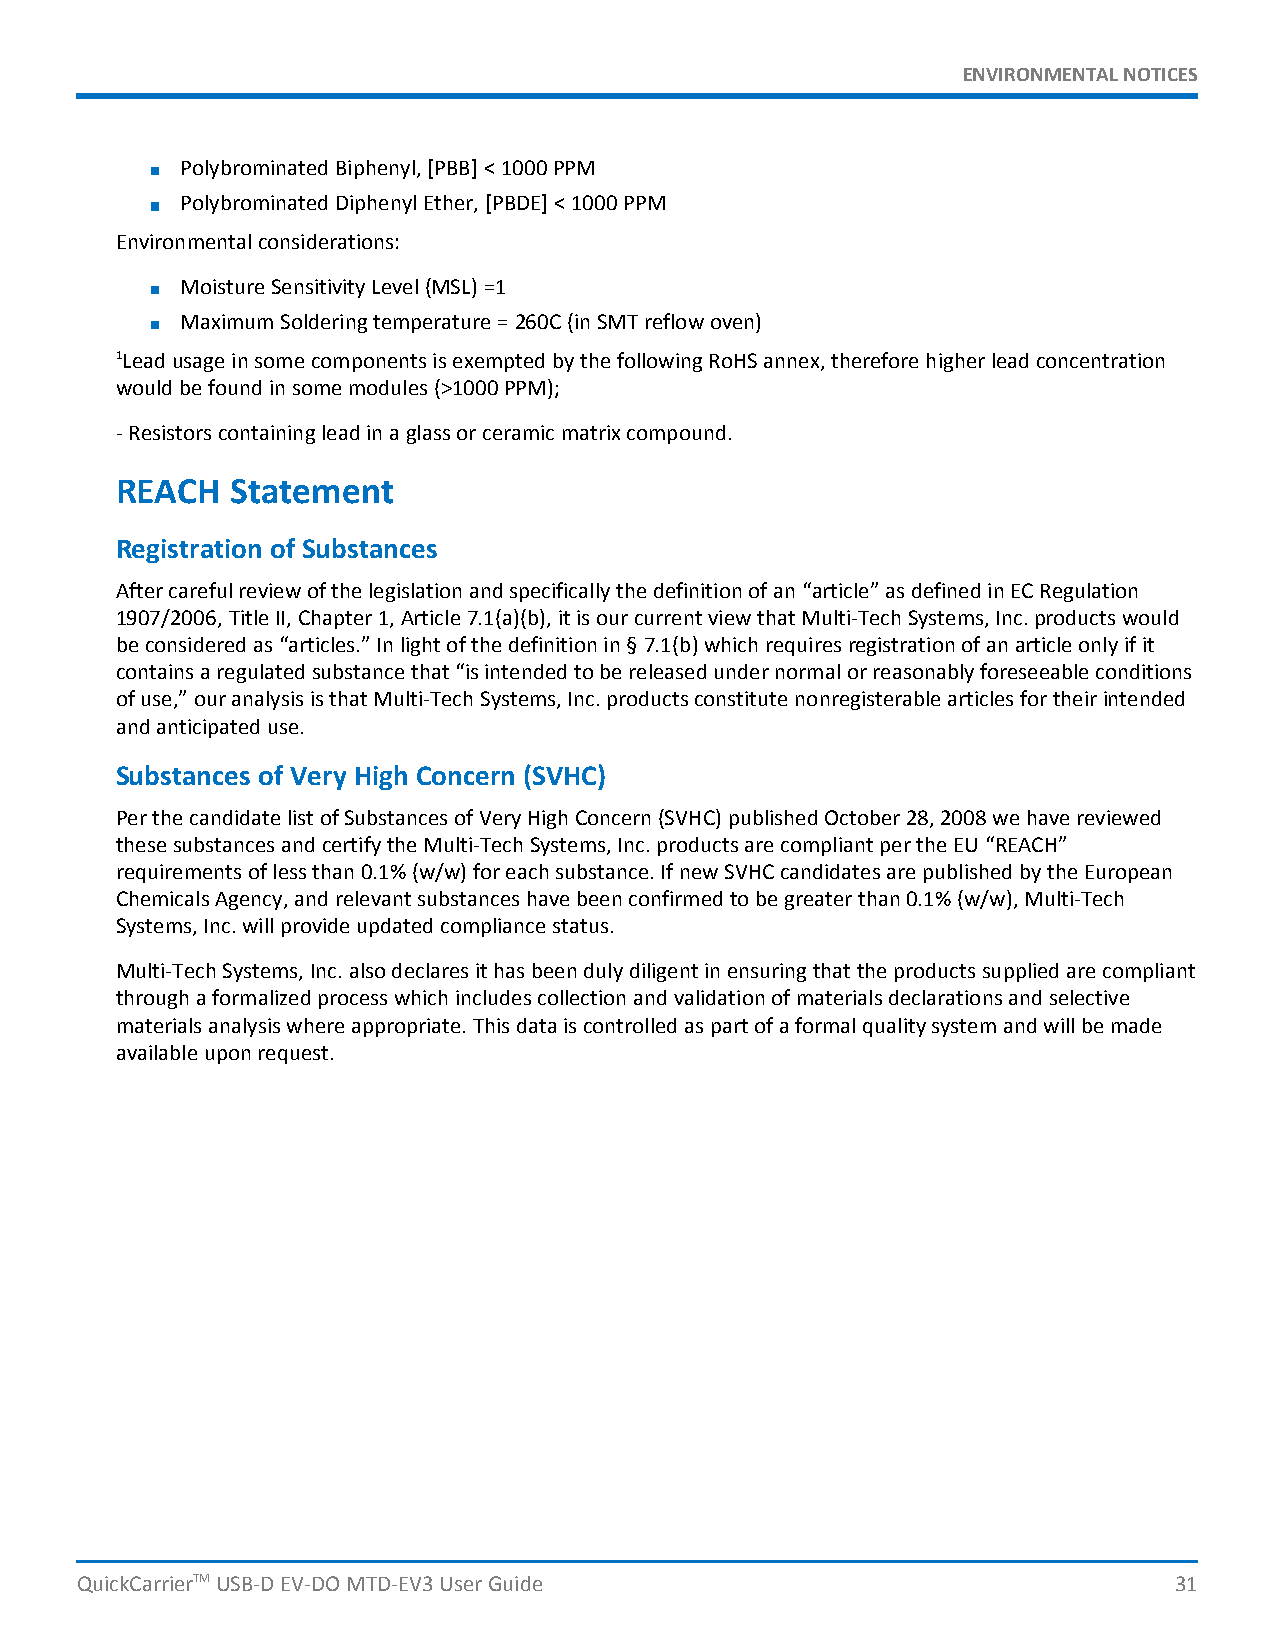
ENVIRONMENTALNOTICES
 PolybrominatedBiphenyl,[PBB]<1000PPM
 PolybrominatedDiphenylEther,[PBDE]<1000PPM
 Environmentalconsiderations:
 MoistureSensitivityLevel(MSL)=1
 MaximumSolderingtemperature=260C(inSMTreflowoven)
 1LeadusageinsomecomponentsisexemptedbythefollowingRoHSannex,thereforehigherleadconcentration
 wouldbefoundinsomemodules(>1000PPM);
 -Resistorscontainingleadinaglassorceramicmatrixcompound.
 REACH  Statement
 Registration of Substances
 Aftercarefulreviewofthelegislationandspecificallythedefinitionofan“article”asdefinedinECRegulation
 1907/2006,TitleII,Chapter1,Article7.1(a)(b),itisourcurrentviewthatMulti-TechSystems,Inc.productswould
 beconsideredas“articles.”Inlightofthedefinitionin§7.1(b)whichrequiresregistrationofanarticleonlyifit
 containsaregulatedsubstancethat“isintendedtobereleasedundernormalorreasonablyforeseeableconditions
 ofuse,”ouranalysisisthatMulti-TechSystems,Inc.productsconstitutenonregisterablearticlesfortheirintended
 andanticipateduse.
 Substances of Very High Concern (SVHC)
 PerthecandidatelistofSubstancesofVeryHighConcern(SVHC)publishedOctober28,2008wehavereviewed
 thesesubstancesandcertifytheMulti-TechSystems,Inc.productsarecompliantpertheEU “REACH”
 requirementsoflessthan0.1%(w/w)foreachsubstance.IfnewSVHCcandidatesarepublishedbytheEuropean
 ChemicalsAgency,andrelevantsubstanceshavebeenconfirmedtobegreaterthan0.1%(w/w),Multi-Tech
 Systems,Inc.willprovideupdatedcompliancestatus.
 Multi-TechSystems,Inc.alsodeclaresithasbeendulydiligentinensuringthattheproductssuppliedarecompliant
 throughaformalizedprocesswhichincludescollectionandvalidationofmaterialsdeclarationsandselective
 materialsanalysiswhereappropriate.Thisdataiscontrolledaspartofaformalqualitysystemandwillbemade
 availableuponrequest.
 QuickCarrierTMUSB-DEV-DOMTD-EV3UserGuide                                 31